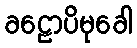
ခဠောပိမုခေါ